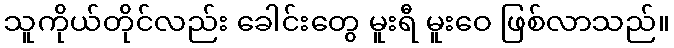
သူကိုယ်တိုင်လည်း ခေါင်းတွေ မူးရီ မူးဝေ ဖြစ်လာသည်။